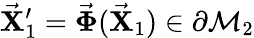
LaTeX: \vec{\mathbf X}_{1}^{\prime}=\vec{\mathbf\Phi}(\vec{\mathbf X}_{1})\in\partial\mathcal{M}_{2}